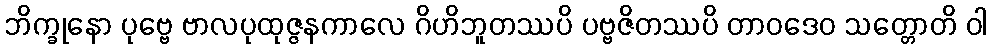
ဘိက္ခုနော ပုဗ္ဗေ ဗာလပုထုဇ္ဇနကာလေ ဂိဟိဘူတဿပိ ပဗ္ဗဇိတဿပိ တာဝဒေဝ သတ္တောတိ ဝါ